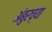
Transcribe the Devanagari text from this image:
अंबुरच्या